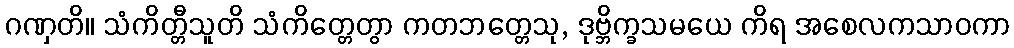
ဂဏှတိ။ သံကိတ္တီသူတိ သံကိတ္တေတွာ ကတဘတ္တေသု, ဒုဗ္ဘိက္ခသမယေ ကိရ အစေလကသာဝကာ